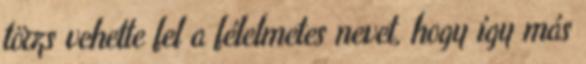
törzs vehette fel a félelmetes nevet, hogy így más